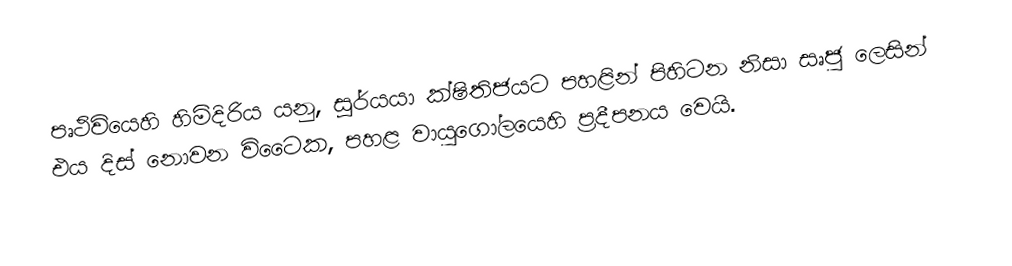
පෘථිවියෙහි හිමිදිරිය යනු, සූර්යයා   ක්ෂිතිජයට  පහළින් පිහිටන නිසා සෘජු ලෙසින් එය දිස් නොවන විටෛක, පහළ වායුගෝලයෙහි ප්‍රදීපනය වෙයි.